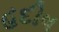
હદીષ